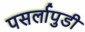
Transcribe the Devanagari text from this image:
पसर्लापुडी